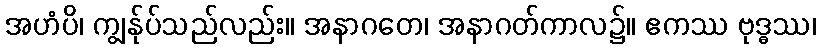
အဟံပိ၊ ကျွန်ုပ်သည်လည်း။ အနာဂတေ၊ အနာဂတ်ကာလ၌။ ဧကဿ ဗုဒ္ဓဿ၊